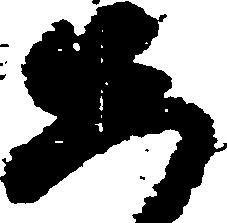
安